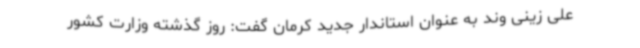
علی زینی وند به عنوان استاندار جدید کرمان گفت: روز گذشته وزارت کشور